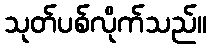
သုတ်ပစ်လိုက်သည်။